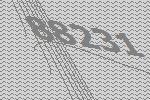
88231